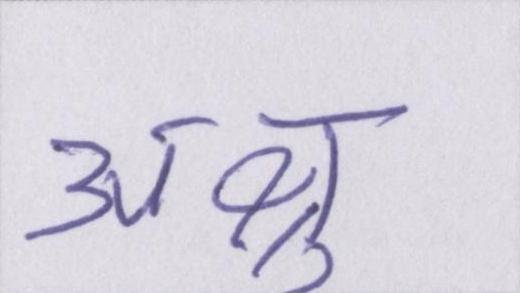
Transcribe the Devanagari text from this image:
अश्रु